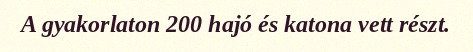
A gyakorlaton 200 hajó és katona vett részt.